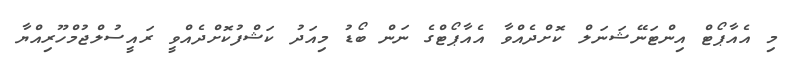
މި އެއާޕޯޓް އިންޓަނޭޝަނަލް ކޮށްދެއްވާ އެއާޕޯޓްގެ ނަން ބޯޑު މިއަދު ކަޝްފުކޮށްދެއްވީ ރައީސުލްޖުމްހޫރިއްޔާ